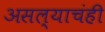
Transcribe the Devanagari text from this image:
असल्याचंही